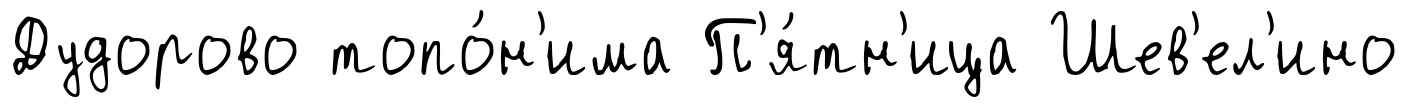
Дудорово топо́н'има П'я́тн'ица Шев'ел'ино